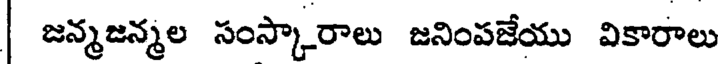
| జన్మజన్మల సంస్కారాలు జనింపజేయు వికారాలు